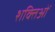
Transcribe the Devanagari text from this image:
शक्तिओं